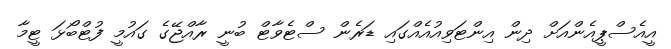
އީއެސްޕީއެންއަށް ދިން އިންޓަވިއުއެއްގައި ޑަރެން ސްޓެވާޓް ބުނީ ރާއްޖޭގެ ގައުމީ ފުޓްބޯޅަ ޓީމާ